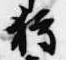
狩